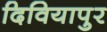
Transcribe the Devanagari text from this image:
दिवियापुर